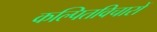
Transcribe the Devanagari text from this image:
कल्पितविचारों